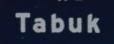
tabuk